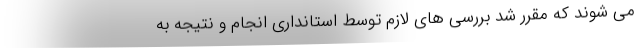
می شوند که مقرر شد بررسی های لازم توسط استانداری انجام و نتیجه به